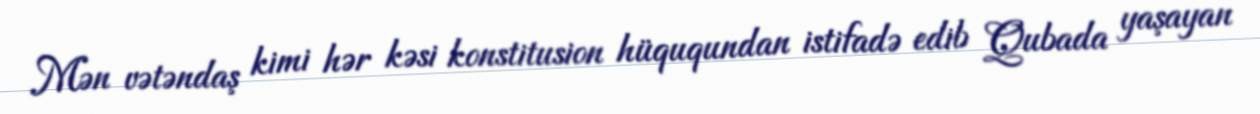
Mən vətəndaş kimi hər kəsi konstitusion hüququndan istifadə edib Qubada yaşayan